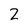
Character: 2